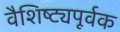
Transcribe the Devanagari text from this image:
वैशिष्ट्यपूर्वक